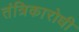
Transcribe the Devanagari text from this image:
तंत्रिकारोधी